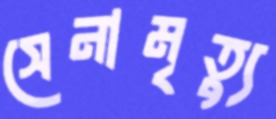
সেনামৃত্যু